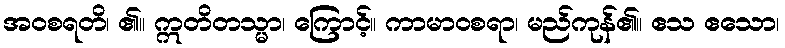
အဝစရတိ၊ ၏။ ဣတိတသ္မာ၊ ကြောင့်။ ကာမာဝစရာ၊ မည်ကုန်၏။ ဧသ ဧသော၊